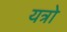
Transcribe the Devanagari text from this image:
यत्रो